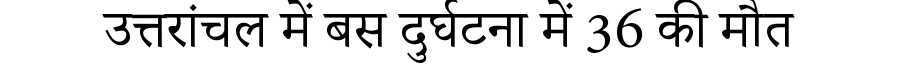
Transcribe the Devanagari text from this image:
उत्तरांचल में बस दुर्घटना में 36 की मौत